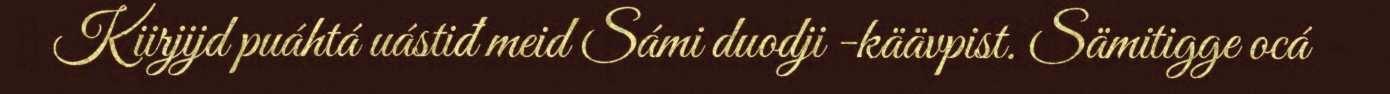
Kiirjijd puáhtá uástiđ meid Sámi duodji -käävpist. Sämitigge ocá